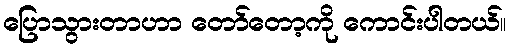
ပြောသွားတာဟာ တော်တော့ကို ကောင်းပါတယ်။